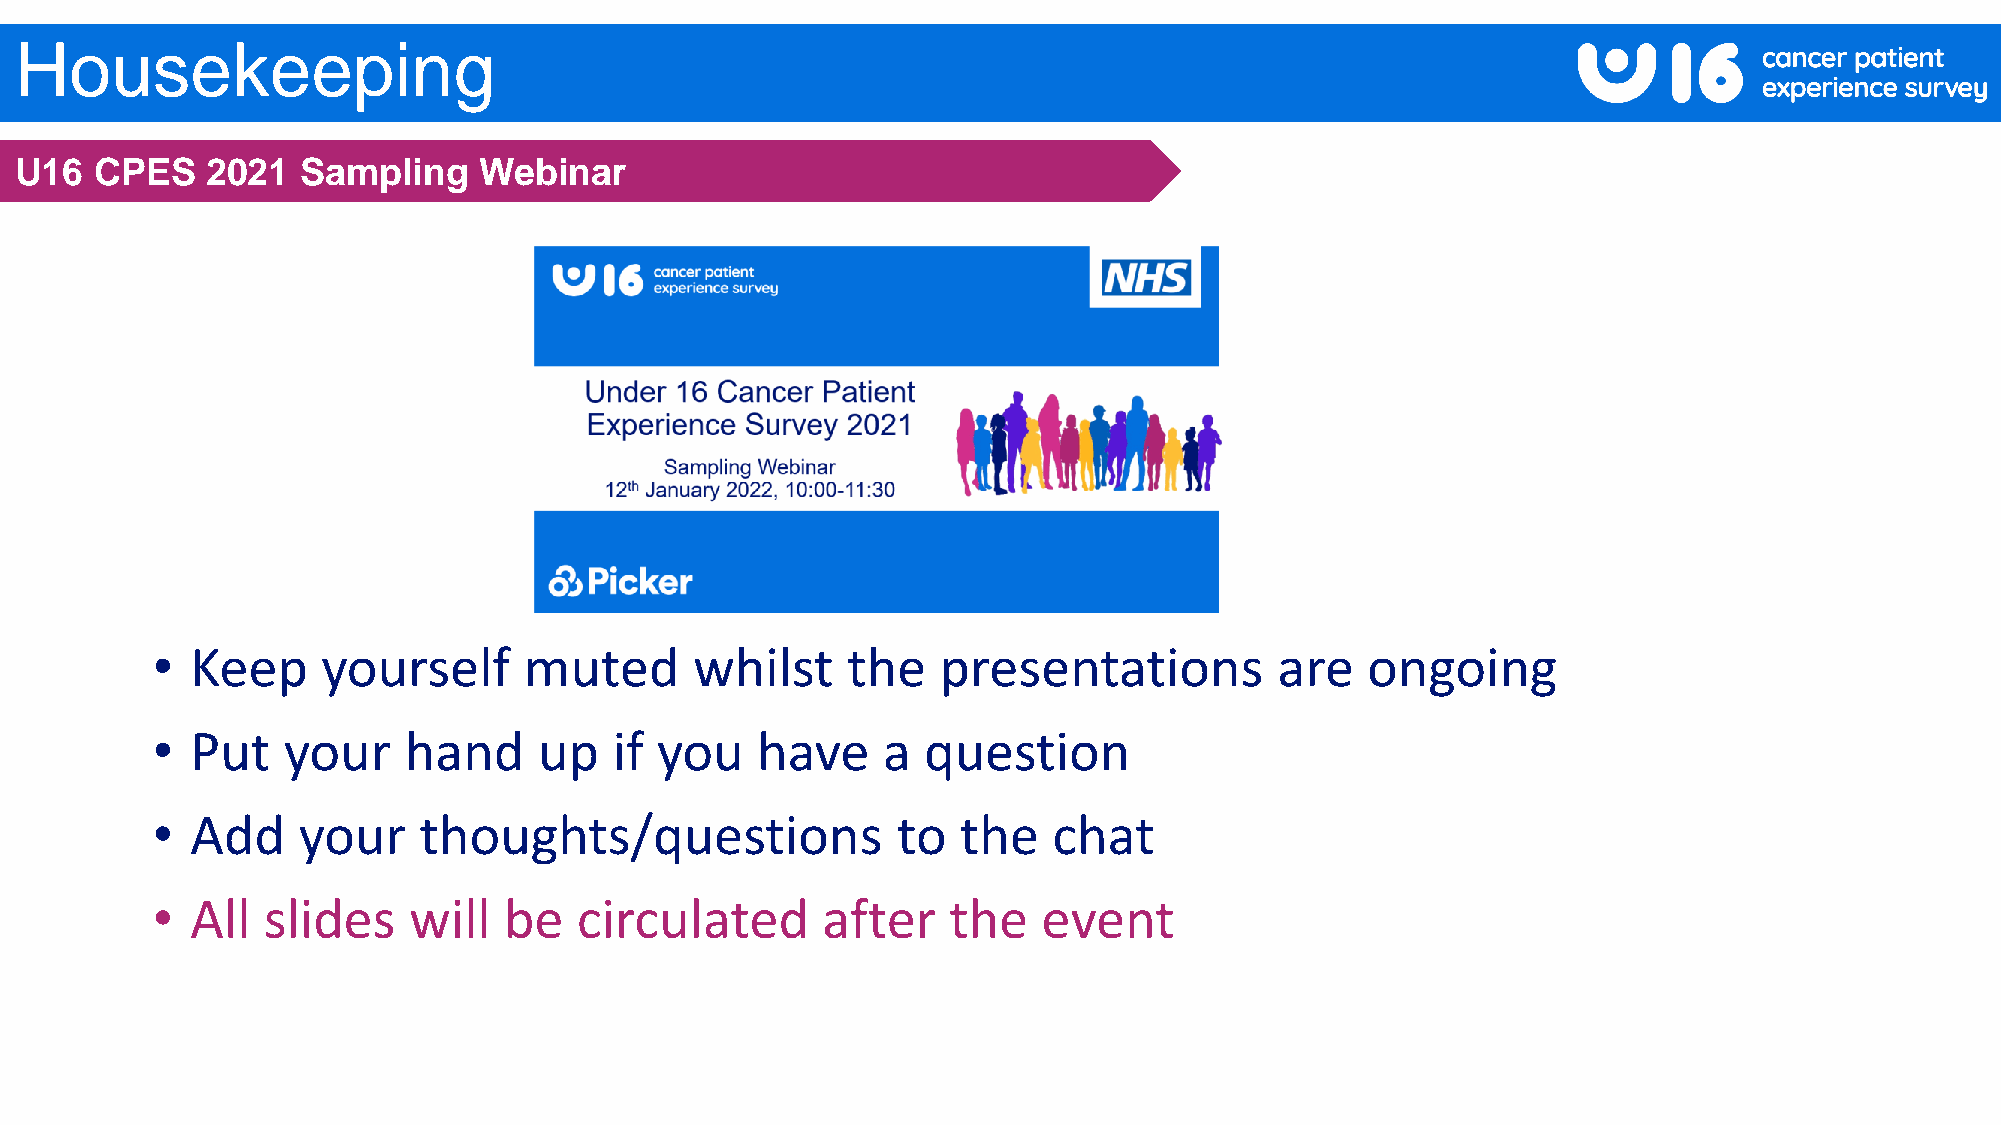
Housekeeping
 U16  CPES    2021  Sampling    Webinar
 •  Keep    yourself      muted      whilst    the   presentations          are  ongoing
 •  Put   your    hand     up   if you   have    a  question
 •  Add    your    thoughts/questions             to   the   chat
 •  All slides    will  be   circulated      after    the   event